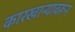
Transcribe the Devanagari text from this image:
कारखान्यावरून